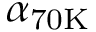
\alpha _ { \mathrm { { 7 0 K } } }